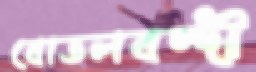
বোতলবন্দী